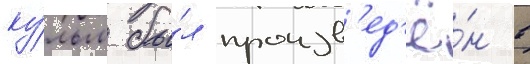
ку́льм бы́л произв'ед'ё́н в